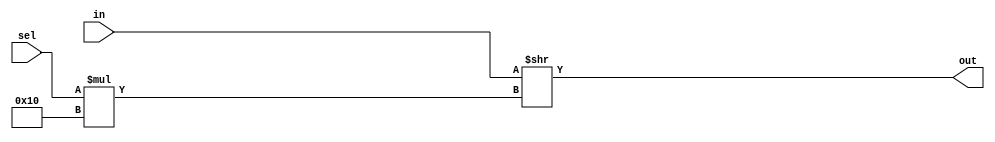
module mux #(
  parameter 
    WIDTH       = 16,
    NUM_INPUTS  =  2, 
    SEL_WIDTH   =  1  
)
(
    input  [ NUM_INPUTS * WIDTH - 1 : 0 ] in,
    input  [          SEL_WIDTH - 1 : 0 ] sel,
    output [              WIDTH - 1 : 0 ] out
);
    assign out = in >> ( sel * WIDTH );
endmodule